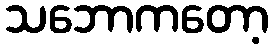
သဘောကတော့